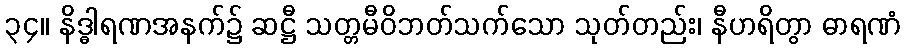
၃၄။ နိဒ္ဓါရဏအနက်၌ ဆဋ္ဌီ သတ္တမီဝိဘတ်သက်သော သုတ်တည်း၊ နီဟရိတွာ ဓာရဏံ